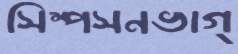
সিম্পসনভাগ্